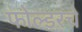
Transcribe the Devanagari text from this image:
फोल्डरचे